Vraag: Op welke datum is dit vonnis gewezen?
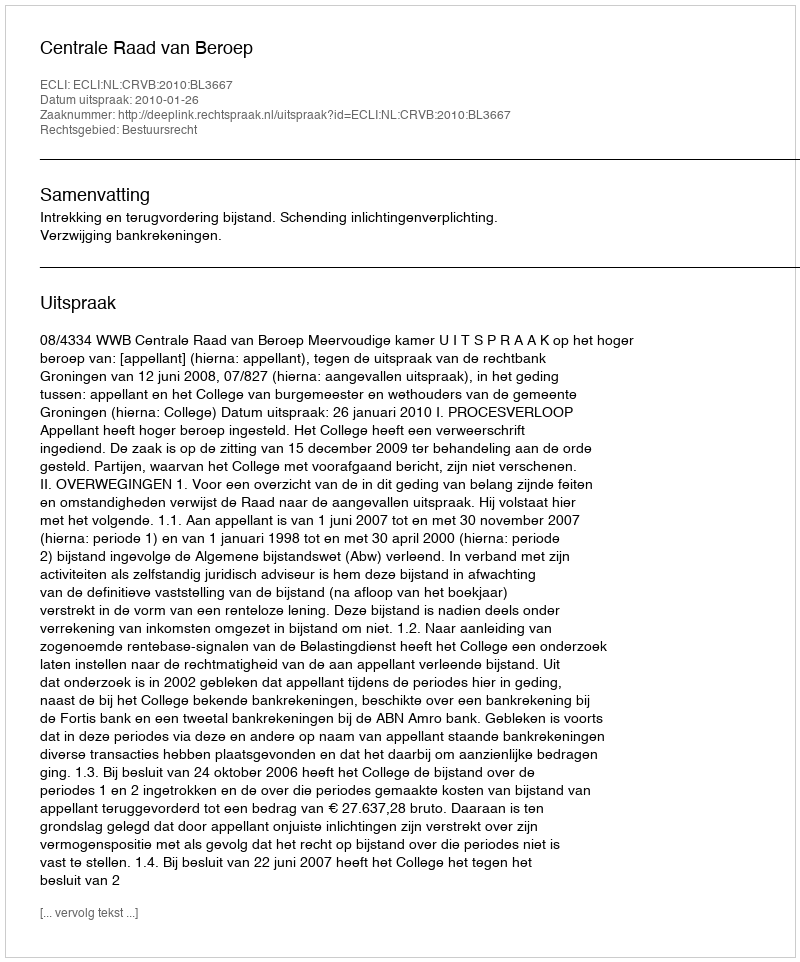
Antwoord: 2010-01-26